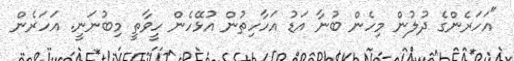
"އަހަރެންގެ ދުލުން މިހެން ބުނާ އަޑު އަހާހިތުން އުޅޭހެން ހީވާތީ މިބުނަނީ. އަހަރެން